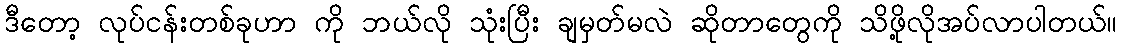
ဒီတော့ လုပ်ငန်းတစ်ခုဟာ ကို ဘယ်လို သုံးပြီး ချမှတ်မလဲ ဆိုတာတွေကို သိဖို့လိုအပ်လာပါတယ်။